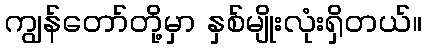
ကျွန်တော်တို့မှာ နှစ်မျိုးလုံးရှိတယ်။